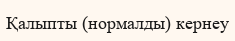
Қалыпты (нормалды) кернеу